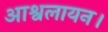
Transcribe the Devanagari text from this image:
आश्वलायन।